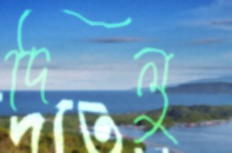
দিলু